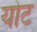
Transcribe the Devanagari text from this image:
योट